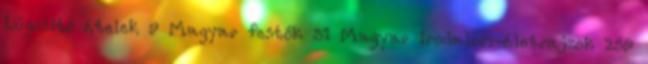
Lúgosító ételek 9 Magyar festők 51 Magyar irodalom-életrajzok 259